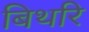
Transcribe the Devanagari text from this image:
बिथरि